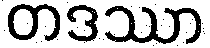
တဒဿာ